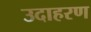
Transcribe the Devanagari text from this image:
उदाहरण